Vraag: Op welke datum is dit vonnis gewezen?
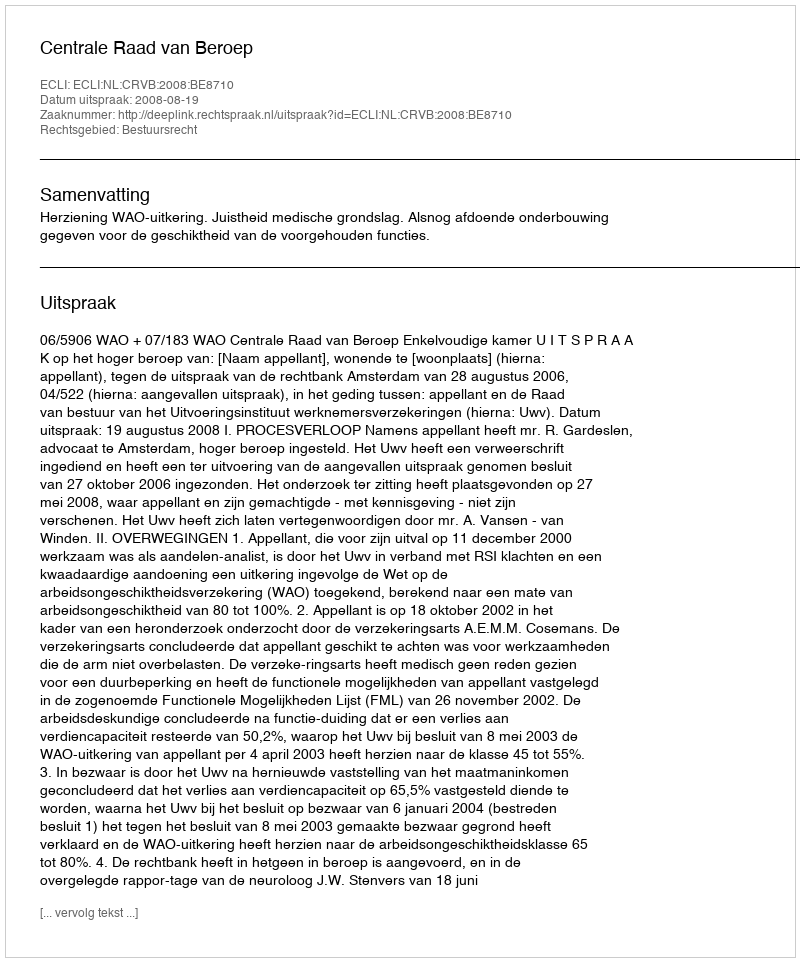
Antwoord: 2008-08-19